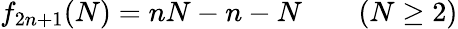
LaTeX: f_{2n+1}(N)=nN-n-N\qquad(N\geq 2)